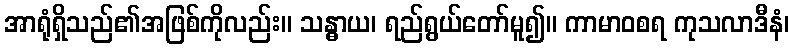
အာရုံရှိသည်၏အဖြစ်ကိုလည်း။ သန္ဓာယ၊ ရည်ရွယ်တော်မူ၍။ ကာမာဝစရ ကုသလာဒီနံ၊